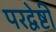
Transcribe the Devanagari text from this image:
परद्वेष्टी